Vaccination in Bombay 1913-1923 - 1913-1923
Year: 1913
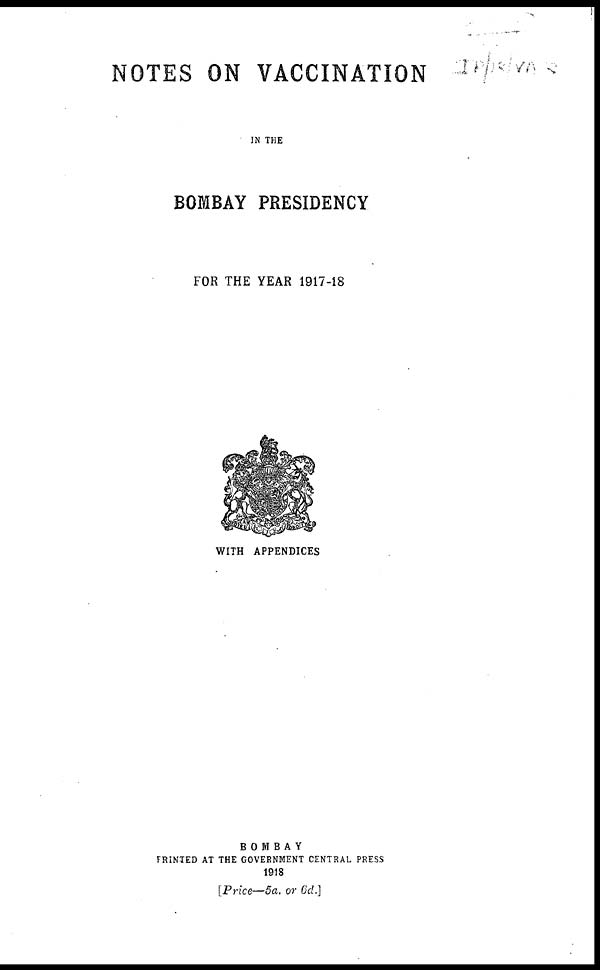
NOTES ON VACCINATION
IN THE
BOMBAY PRESIDENCY
FOR THE YEAR 1917-18
WITH APPENDICES
BOMBAY
PRINTED AT THE GOVERNMENT CENTRAL PRESS
1918
[Price—5a. or 6d.]